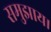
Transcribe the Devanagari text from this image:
समुझाय।